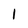
Character: I